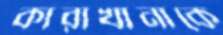
কারাখানাকে